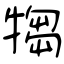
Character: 犓